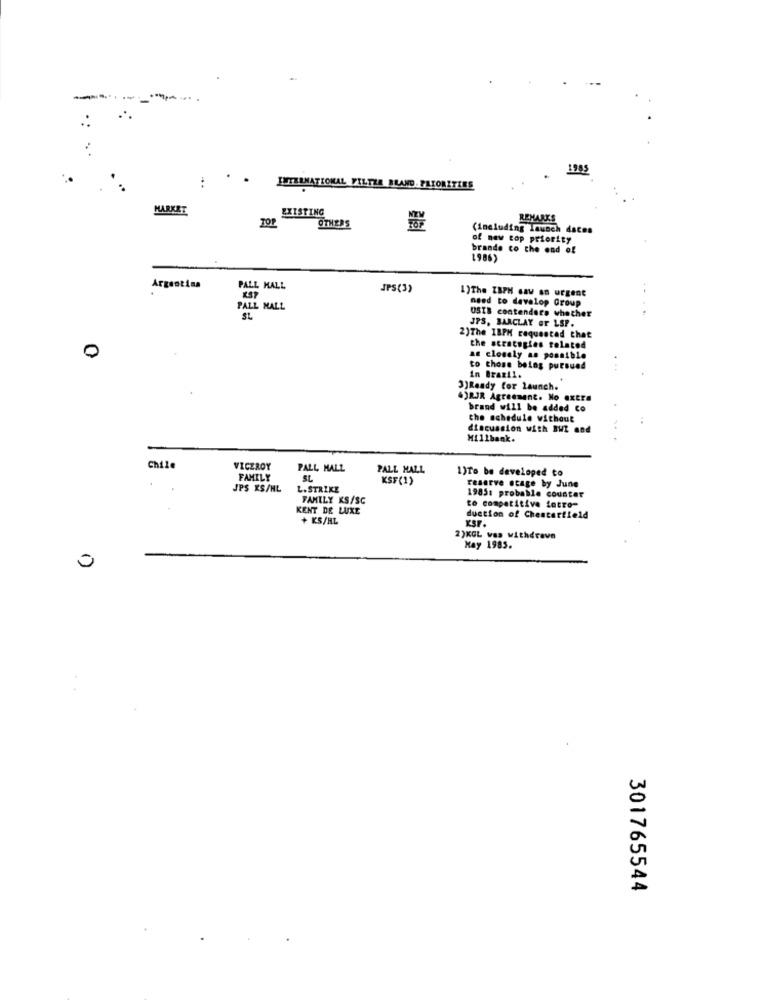
-...
1985
...
INTERNATIONAL FILTRA BLAND. PRIORITIES
MARKET
EXISTING
TOP
REMARKS
OTHERS
(including launch dates
of new top priority
brande co the end of
1986)
Argentina
PALL MALL
JPS(3)
1)The ZBPH Gay on urgent
KSY
need to develop Group
PALL MALL
USIS contenders whether
..
JPS, BARCLAY er LSP.
2)The 1BPH requested that
the strategies tolated
0
an closely as possible
to those belas pursued
In Brazil.
3)Ready for launch.
4)RJR Agreement. No extra
brand will be added co
the schedule without
discussion with BWI and
Hillbank.
Chile
VICEROY
PALL MALL
PALL MALL
1)To be developed to
FAMILY
SL
KSF(1)
reserve stage by June
JPS KS/HL
L.STRIKE
1985t probable counter
FAMILY KS/SC
KENT DE LUXE
to competitive lotro-
+ KS/HL
duction of Chesterfield
XST.
2)KGL was withdrave
May 1985.
0
301765544